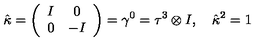
\hat { \kappa } = \left( \begin{array} { c c } { I } & { 0 } \\ { 0 } & { - I } \\ \end{array} \right) = \gamma ^ { 0 } = \tau ^ { 3 } \otimes I , \quad \hat { \kappa } ^ { 2 } = 1